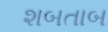
શબતાબ